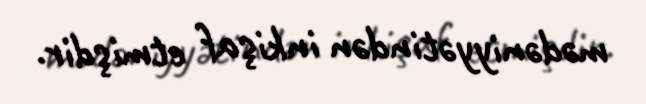
mədəniyyətindən inkişaf etmişdir.